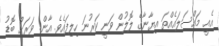
އެއީ މައްސަލައެއްތަ އިޔާނާގެ ލޮލުން ވަނީ ކަރުނަ ހިލިފައެވެ. އާން! ވަރަށް ބޮޑު